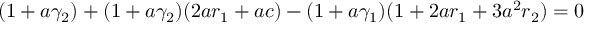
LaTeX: ( 1 + a \gamma _ { 2 } ) + ( 1 + a \gamma _ { 2 } ) ( 2 a r _ { 1 } + a c ) - ( 1 + a \gamma _ { 1 } ) ( 1 + 2 a r _ { 1 } + 3 a ^ { 2 } r _ { 2 } ) = 0